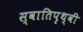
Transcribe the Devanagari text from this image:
स्वातिपृथ्वी